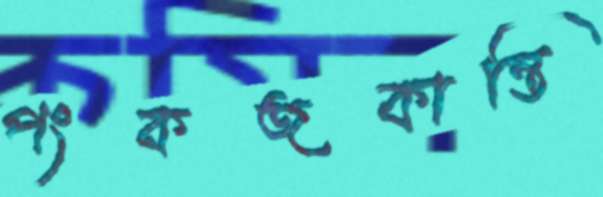
পংকজকান্তি